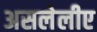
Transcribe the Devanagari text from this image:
असलेलीए